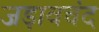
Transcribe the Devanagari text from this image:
जड़ावचंद